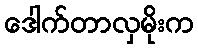
ဒေါက်တာလှမိုးက